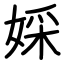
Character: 婇